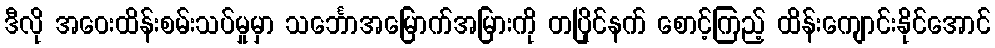
ဒီလို အဝေးထိန်းစမ်းသပ်မှုမှာ သင်္ဘောအမြောက်အမြားကို တပြိုင်နက် စောင့်ကြည့် ထိန်းကျောင်းနိုင်အောင်